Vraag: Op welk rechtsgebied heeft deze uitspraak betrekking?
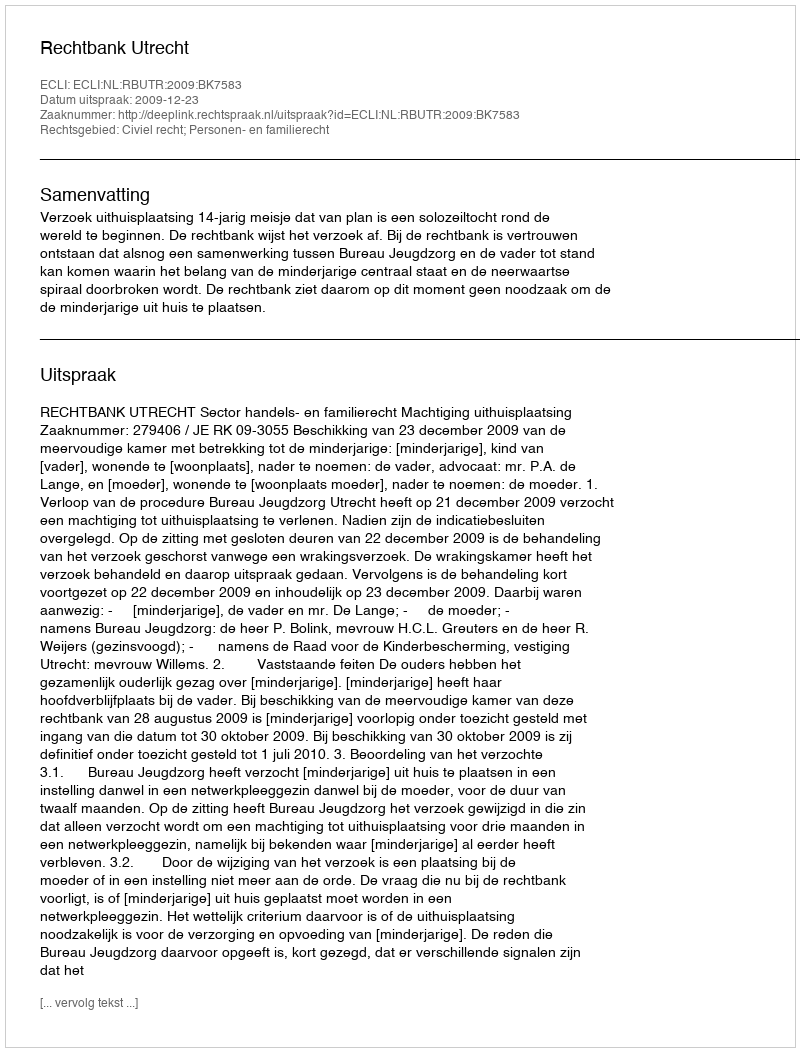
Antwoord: Civiel recht; Personen- en familierecht